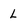
Character: L